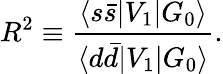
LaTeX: R^{2}\equiv\frac{\langle s\bar{s}|V_{1}|G_{0}\rangle}{\langle d\bar{d}|V_{1}|G_{0}\rangle}.